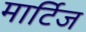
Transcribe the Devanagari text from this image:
मार्टिज